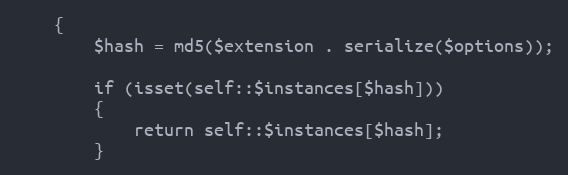
Language: PHP
	{
		$hash = md5($extension . serialize($options));

		if (isset(self::$instances[$hash]))
		{
			return self::$instances[$hash];
		}